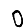
Digit: 0